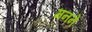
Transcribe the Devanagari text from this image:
मनने